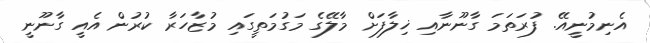
އެނިމުނީއޭ. ފުރަތަމަ ގާނޫނާއި ޚިލާފަށް މާލޭގެ މަގުމަތީގައި މުޒާހަރާ ކުރުން އެއީ ގާނޫނީ